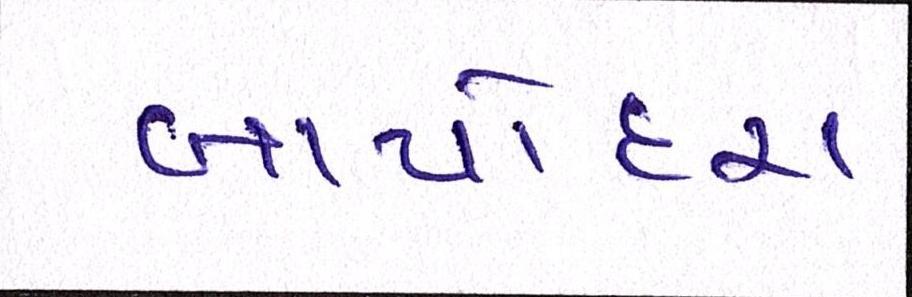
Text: બાપોદરા